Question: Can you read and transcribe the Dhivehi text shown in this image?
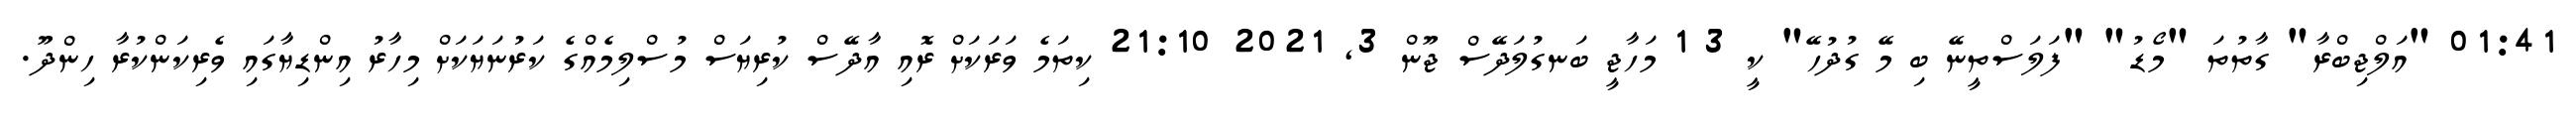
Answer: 01:41 "އަލްޖިބްރާ" ގާތުތަ "މޯޑު" "ފަލަސްތީނޭ ބި މޭ ގުދުހޭ" ކީ 3 1 މަހާޖީ ބަނގުލަދޭސް ޖޫން 3, 2021 21:10 ކިތަމެ ވަރަކަށް ރޮއި އާދޭސް ކުރިޔަސް މުސްލިމެއްގެ ކަރުނަޔަކަށް މިހާރު އިންޑިޔާގައި ވެރިކަންކުރާ ހިންދޫ.